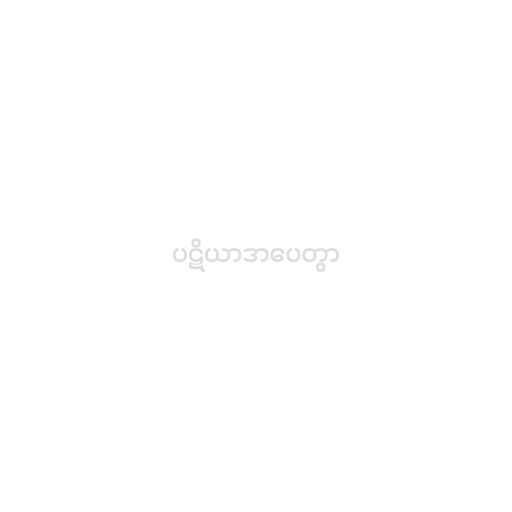
ပဋိယာဒာပေတွာ